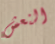
النعش